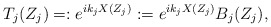
\begin{align*}T_{j}(Z_{j})=:e^{ik_{j}X(Z_{j})}:=e^{ik_{j}X(Z_{j})}B_{j}(Z_{j}),\end{align*}